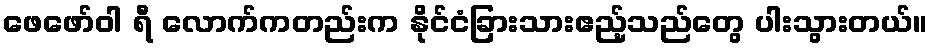
ဖေဖော်ဝါ ရီ လောက်ကတည်းက နိုင်ငံခြားသားဧည့်သည်တွေ ပါးသွားတယ်။